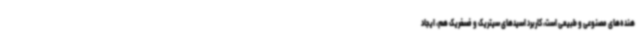
هنده‌های مصنوعی و طبیعی است، کاربرد اسیدهای سیتریک و فسفریک هم، ایجاد